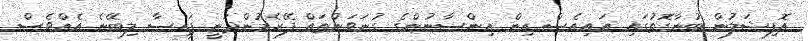
އޮފިޝަލުން ބުނާގޮތުގައި އައިއެސް އިން އިންސާނުންގެ ގުނަވަންތައް ފޭރެމުންދަނީ ފައިސާ ލިބޭނެ އެއްވެސް